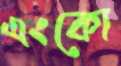
এংকো